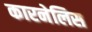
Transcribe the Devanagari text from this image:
कारनेलिस